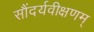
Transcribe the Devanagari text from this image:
सौंदर्यवीक्षणम्